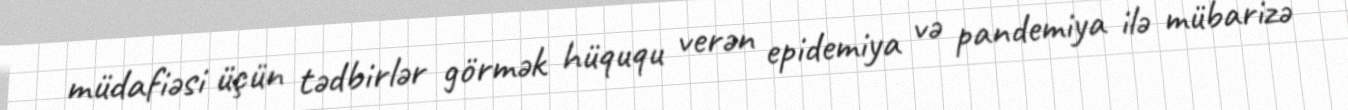
müdafiəsi üçün tədbirlər görmək hüququ verən epidemiya və pandemiya ilə mübarizə